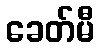
ခေတ်မီ